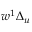
w ^ { 1 } \Delta _ { u }